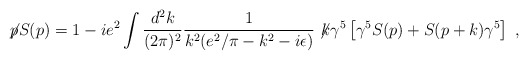
\begin{align*}\not\! p S(p)=1-ie^2\int\frac{d^2k}{(2\pi)^2}\frac{1}{k^2(e^2/\pi-k^2 -i\epsilon)}\not\! k\gamma^5\left[\gamma^5S(p)+S(p+k)\gamma^5\right]\; ,\end{align*}